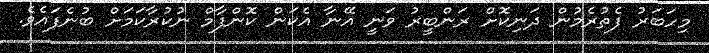
މިހަބަރު ފެތުރެމުން ދަނިކޮށް ރަންބީރު ވަނީ އޭނާ އެކަން ކޮންފާމް ނުކުރާކަމަށް ބުނެފައެވެ.